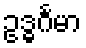
ဥဒ္ဓင်္ဂမာ